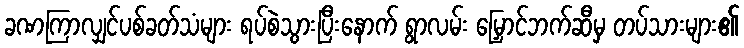
ခဏကြာလျှင်ပစ်ခတ်သံများ ရပ်စဲသွားပြီးနောက် ရွာလမ်း မြှောင်ဘက်ဆီမှ တပ်သားများ၏